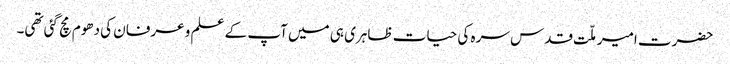
حضرت امیر ملّت قدس سرہ کی حیات ظاہری ہی میں آپ کے علم و عرفان کی دھوم مچ گئی تھی۔